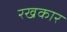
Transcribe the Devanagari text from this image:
रखकार